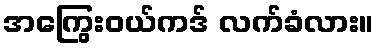
အကြွေးဝယ်ကဒ် လက်ခံလား။